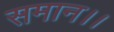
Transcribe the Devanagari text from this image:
समान।।